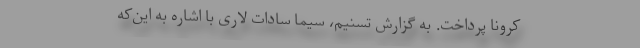
کرونا پرداخت. به گزارش تسنیم، سیما سادات لاری با اشاره به این‌که